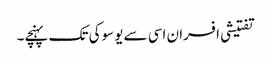
تفتیشی افسران اسی سے یوسوکی تک پہنچے۔